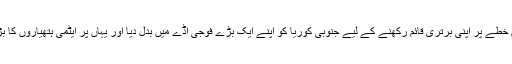
امریکا نے اس خطے پر اپنی برتری قائم رکھنے کے لیے جنوبی کوریا کو اپنے ایک بڑے فوجی اڈے میں بدل دیا اور یہاں پر ایٹمی ہتھیاروں کا بڑا ذخیرہ بنادیا۔